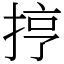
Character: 㧸